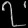
Digit: ၇